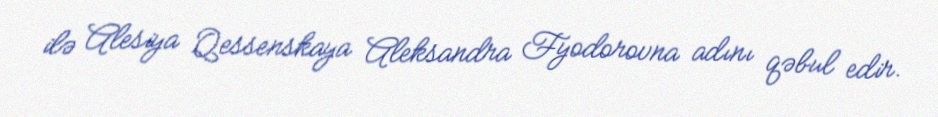
ilə Alesiya Qessenskaya Aleksandra Fyodorovna adını qəbul edir.